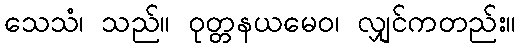
သေသံ၊ သည်။ ဝုတ္တနယမေဝ၊ လျှင်ကတည်း။